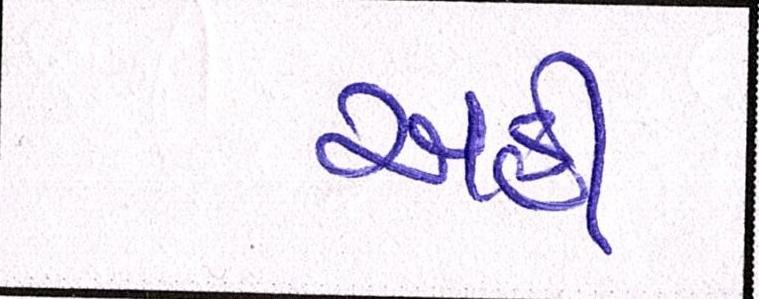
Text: અહીં